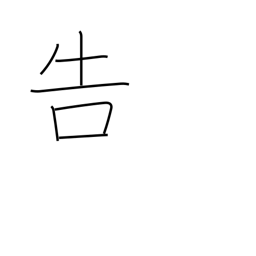
Meaning: tell